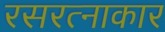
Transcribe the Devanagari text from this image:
रसरत्नाकार